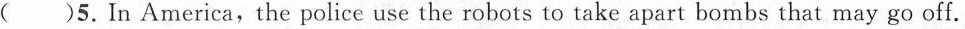
( )5.In America,the police use the robots to take apart bombs that may go off.